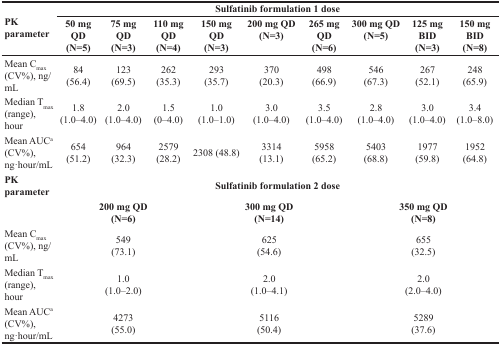
<table><thead><tr><td rowspan="2"><b>PK parameter</b></td><td colspan="9"><b>Sulfatinib formulation 1 dose</b></td></tr><tr><td><b>50 mg QD (N=5)</b></td><td><b>75 mg QD (N=3)</b></td><td><b>110 mg QD (N=4)</b></td><td><b>150 mg QD (N=3)</b></td><td><b>200 mg QD (N=3)</b></td><td><b>265 mg QD (N=6)</b></td><td><b>300 mg QD (N=5)</b></td><td><b>125 mg BID (N=3)</b></td><td><b>150 mg BID (N=8)</b></td></tr></thead><tbody><tr><td>Mean C<sub>max</sub> (CV%), ng/mL</td><td>84 (56.4)</td><td>123 (69.5)</td><td>262 (35.3)</td><td>293 (35.7)</td><td>370 (20.3)</td><td>498 (66.9)</td><td>546 (67.3)</td><td>267 (52.1)</td><td>248 (65.9)</td></tr><tr><td>Median T<sub>max</sub> (range), hour</td><td>1.8 (1.0–4.0)</td><td>2.0 (1.0–4.0)</td><td>1.5 (0–4.0)</td><td>1.0 (1.0–1.0)</td><td>3.0 (1.0–4.0)</td><td>3.5 (1.0–4.0)</td><td>2.8 (1.0–4.0)</td><td>3.0 (1.0–4.0)</td><td>3.4 (1.0–8.0)</td></tr><tr><td>Mean AUC<sup>a</sup> (CV%), ng·hour/mL</td><td>654 (51.2)</td><td>964 (32.3)</td><td>2579 (28.2)</td><td>2308 (48.8)</td><td>3314 (13.1)</td><td>5958 (65.2)</td><td>5403 (68.8)</td><td>1977 (59.8)</td><td>1952 (64.8)</td></tr><tr><td><b>PK parameter</b></td><td colspan="9"><b>Sulfatinib formulation 2 dose</b></td></tr><tr><td></td><td colspan="3"><b>200 mg QD (N=6)</b></td><td colspan="3"><b>300 mg QD (N=14)</b></td><td colspan="3"><b>350 mg QD (N=8)</b></td></tr><tr><td>Mean C<sub>max</sub> (CV%), ng/mL</td><td colspan="3">549 (73.1)</td><td colspan="3">625 (54.6)</td><td colspan="3">655 (32.5)</td></tr><tr><td>Median T<sub>max</sub> (range), hour</td><td colspan="3">1.0 (1.0–2.0)</td><td colspan="3">2.0 (1.0–4.1)</td><td colspan="3">2.0 (2.0–4.0)</td></tr><tr><td>Mean AUC<sup>a</sup> (CV%), ng·hour/mL</td><td colspan="3">4273 (55.0)</td><td colspan="3">5116 (50.4)</td><td colspan="3">5289 (37.6)</td></tr></tbody></table>